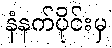
နံနက်ပိုင်းမှ